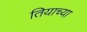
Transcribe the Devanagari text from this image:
तियाच्या